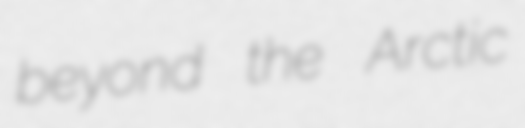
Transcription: beyond the Arctic